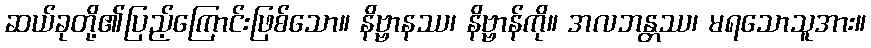
ဆယ်ခုတို့၏ပြည့်ကြောင်းဖြစ်သော။ နိဗ္ဗာနဿ၊ နိဗ္ဗာန်ကို။ အလဘန္တဿ၊ မရသောသူအား။